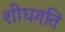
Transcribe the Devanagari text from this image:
शीघगति